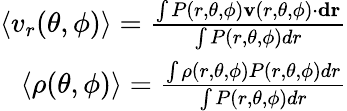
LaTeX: \begin{array}{r}{\left<v_{r}(\theta,\phi)\right>=\frac{\int P(r,\theta,\phi)\mathbf{v}(r,\theta,\phi)\cdot\mathbf{dr}}{\int P(r,\theta,\phi)dr}}\\ {\left<\rho(\theta,\phi)\right>=\frac{\int\rho(r,\theta,\phi)P(r,\theta,\phi)dr}{\int P(r,\theta,\phi)dr}}\end{array}